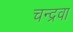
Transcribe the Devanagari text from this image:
चन्द्रवा